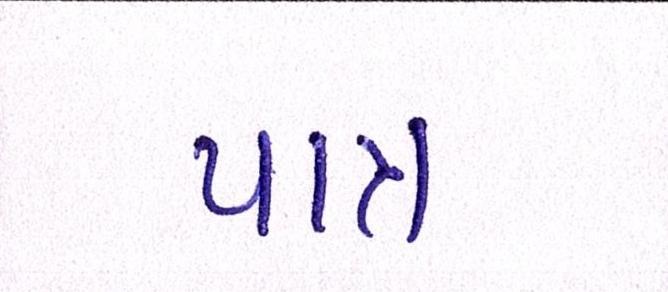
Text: પાત્ર